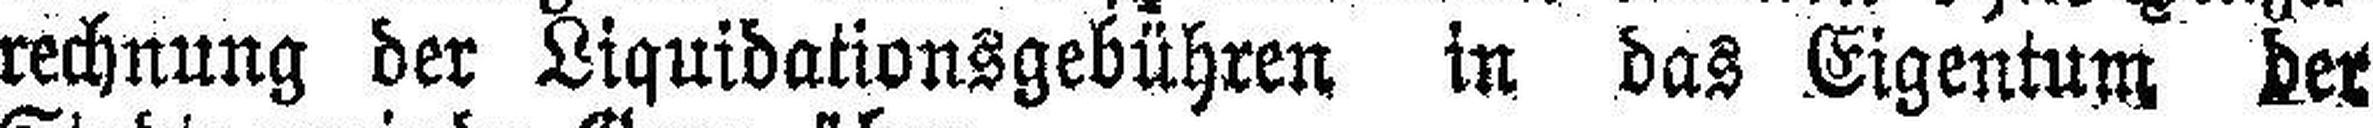
rechnung der Liquidationsgebühren in das Eigentum der